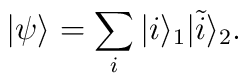
|\psi\rangle = \sum_{i} |i\rangle_1 |\tilde{i}\rangle_2.